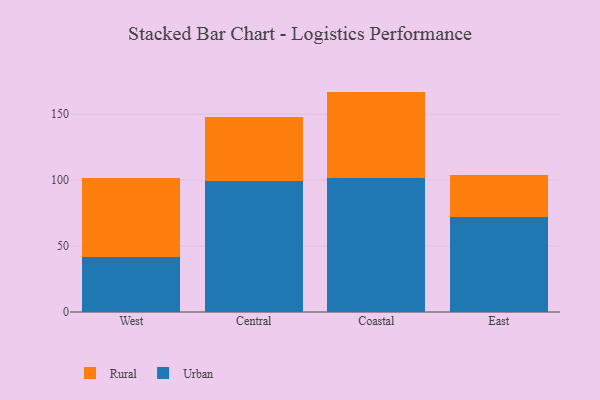
{"axis": {"x": "Region", "y": "Market Share (%)"}, "legend": ["Rural", "Urban"], "data": [{"x": "West", "y": 41.4, "type": "Urban"}, {"x": "West", "y": 60.4, "type": "Rural"}, {"x": "Central", "y": 99.3, "type": "Urban"}, {"x": "Central", "y": 48.5, "type": "Rural"}, {"x": "Coastal", "y": 101.3, "type": "Urban"}, {"x": "Coastal", "y": 65.8, "type": "Rural"}, {"x": "East", "y": 72.0, "type": "Urban"}, {"x": "East", "y": 32.2, "type": "Rural"}]}